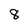
Character: 8